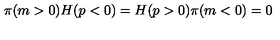
\pi ( m > 0 ) H ( p < 0 ) = H ( p > 0 ) \pi ( m < 0 ) = 0